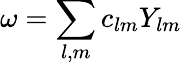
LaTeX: \omega=\sum_{l,m}c_{lm}Y_{lm}